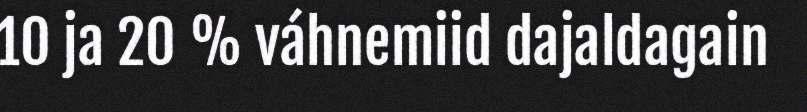
10 ja 20 % váhnemiid dajaldagain